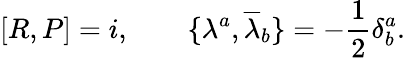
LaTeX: \lbrack R,P\rbrack=i,\qquad\lbrace\lambda^{a},{\overline{{{\lambda}}}}_{b}\rbrace=-\frac{1}{2}\delta_{b}^{a}.